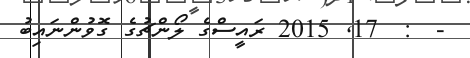
-  :  17